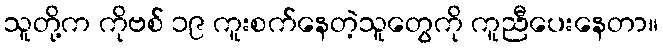
သူတို့က ကိုဗစ် ၁၉ ကူးစက်နေတဲ့သူတွေကို ကူညီပေးနေတာ။